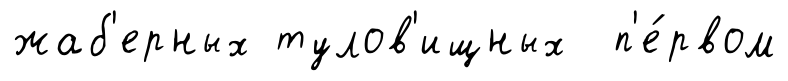
жаб'ерных тулов'ищных п'е́рвом